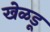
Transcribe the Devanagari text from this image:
खेळडू